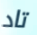
تاد